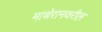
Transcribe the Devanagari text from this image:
माथेरानवरील